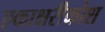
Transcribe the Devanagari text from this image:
एकाक्षरीकोश